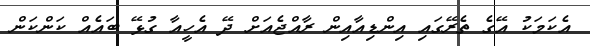
އެކަމަކު އޭގެ ތެރޭގައި އިންޑިއާއިން ރާއްޖެއަށް ދޭ އެހީއާ ގުޅޭ ބައެއް ކަންކަން